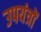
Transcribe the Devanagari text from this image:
उपयंत्रों